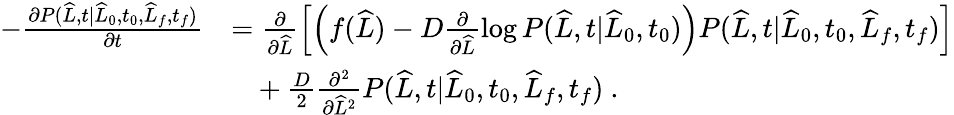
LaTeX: \begin{array}{rl}{-\frac{\partial P(\widehat{L},t|\widehat{L}_{0},t_{0},\widehat{L}_{f},t_{f})}{\partial t}}&{=\frac{\partial}{\partial\widehat{L}}\left[\left(f(\widehat{L})-D\frac{\partial}{\partial\widehat{L}}\log P(\widehat{L},t|\widehat{L}_{0},t_{0})\right)P(\widehat{L},t|\widehat{L}_{0},t_{0},\widehat{L}_{f},t_{f})\right]}\\ &{\ \ \ +\frac{D}{2}\frac{\partial^{2}}{\partial\widehat{L}^{2}}P(\widehat{L},t|\widehat{L}_{0},t_{0},\widehat{L}_{f},t_{f})\ .}\end{array}